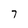
Character: 7